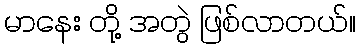
မာနေး တို့ အတွဲ ဖြစ်လာတယ်။